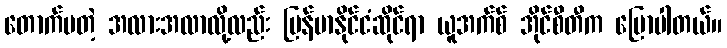
တောက်ပတဲ့ အလားအလာလို့လည်း မြန်မာနိုင်ငံဆိုင်ရာ ယူအက်စ် အိုင်စီတီက ပြောပါတယ်။